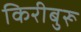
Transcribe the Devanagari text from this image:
किरीबुरू